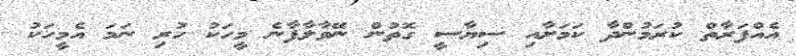
އެއްފަރާތް ކުރަމުންދާ ކަމަށާއި ސިޔާސީ ގޮތުން ނޭވާލާފާނެ މީހަކު ހުރި ނަމަ އެމީހަކު